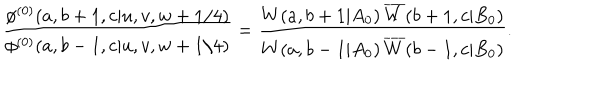
LaTeX: \displaystyle { \frac { \phi ^ { ( 0 ) } ( a , b + 1 , c | u , v , w + 1 / 4 ) } { \phi ^ { ( 0 ) } ( a , b - 1 , c | u , v , w + 1 / 4 ) } } = \displaystyle { \frac { W ( a , b + 1 | A _ { 0 } ) \, \overline { { { W } } } ( b + 1 , c | B _ { 0 } ) } { W ( a , b - 1 | A _ { 0 } ) \, \overline { { { W } } } ( b - 1 , c | B _ { 0 } ) } } .